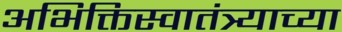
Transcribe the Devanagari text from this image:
अभिक्तिस्वातंत्र्याच्या